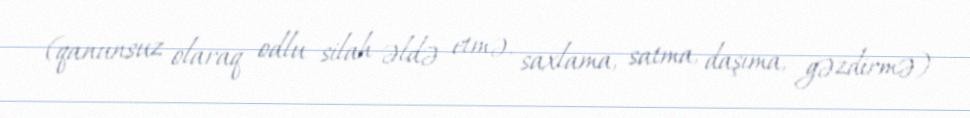
(qanunsuz olaraq odlu silah əldə etmə, saxlama, satma, daşıma, gəzdirmə)